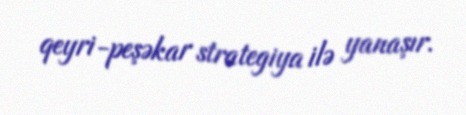
qeyri-peşəkar strategiya ilə yanaşır.